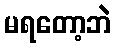
မရတော့ဘဲ